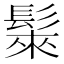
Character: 𩭷